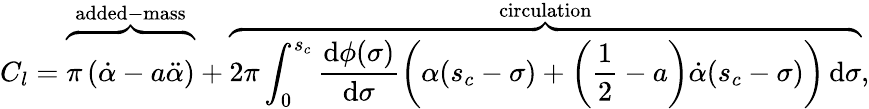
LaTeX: C_{l}=\overbrace{\vphantom{\int}\pi\left(\dot{\alpha}-a\ddot{\alpha}\right)}^{\mathrm{added-mass}}+\overbrace{2\pi\int_{0}^{s_{c}}\frac{\mathrm{d}\phi(\sigma)}{\mathrm{d}\sigma}\left(\alpha(s_{c}-\sigma)+\left(\frac{1}{2}-a\right)\dot{\alpha}(s_{c}-\sigma)\right)\, \mathrm{d}\sigma}^{\mathrm{circulation}},